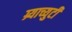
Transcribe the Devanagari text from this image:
ग्र्याच्युटी